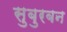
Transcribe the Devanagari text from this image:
सुबुरबन